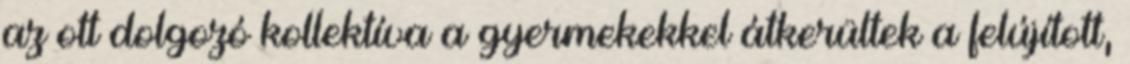
az ott dolgozó kollektíva a gyermekekkel átkerültek a felújított,